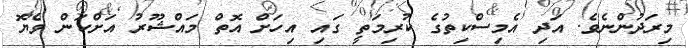
މިރަދުންނެވެ. އަދި އެމިސްކިތުގެ ކުރިމަތީ ގައި އިހަށް އޮތް މައްޝޫރު އަށްކަން ވެޔޮ